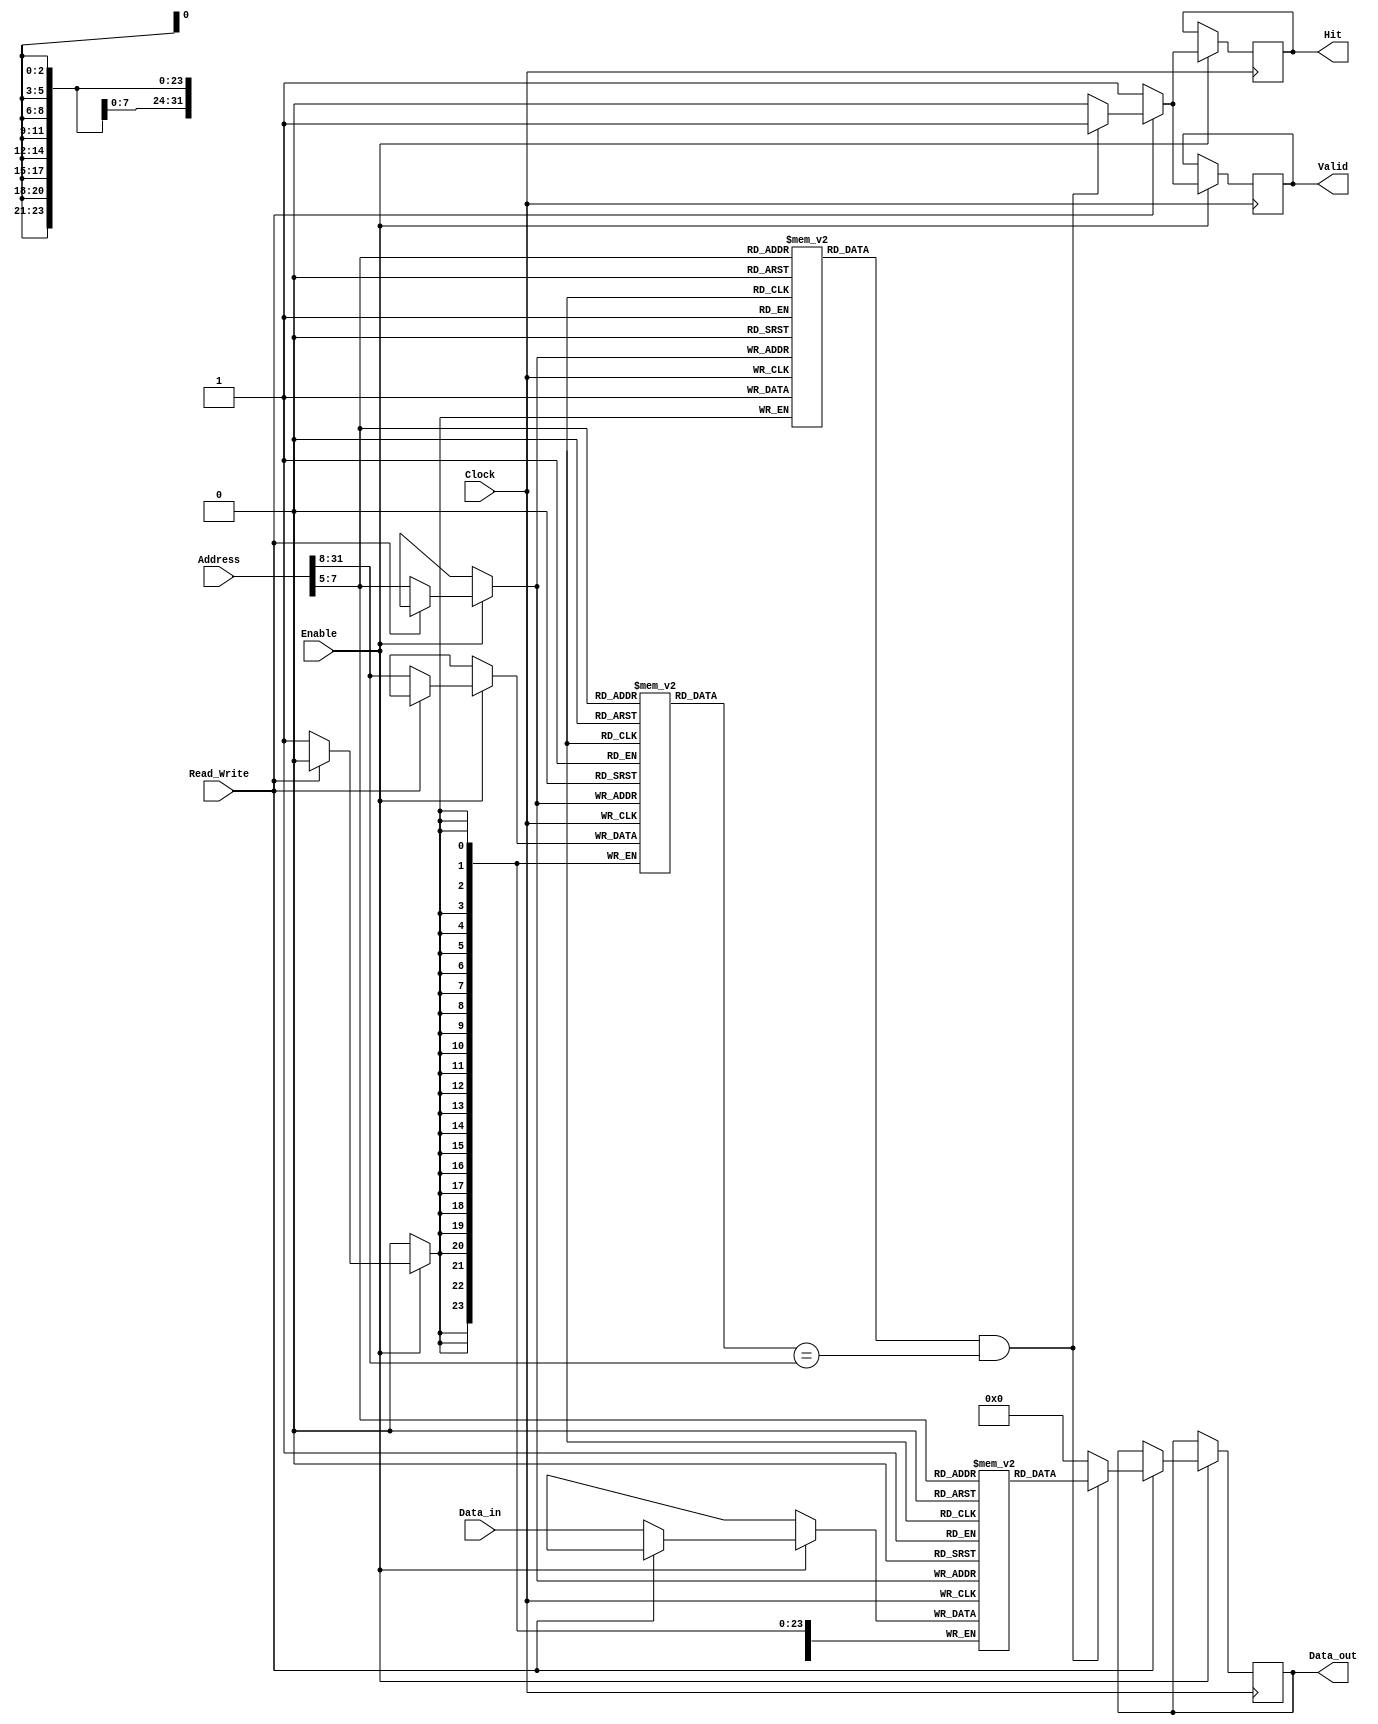
module DirectMappedCache #(
    parameter ADDR_WIDTH = 32,       // Address width
    parameter DATA_WIDTH = 32,       // Data width
    parameter CACHE_SIZE = 256,      // Cache size in bytes
    parameter LINE_SIZE = 32         // Cache line size in bytes
)(
    input wire [ADDR_WIDTH-1:0] Address,
    input wire [DATA_WIDTH-1:0] Data_in,
    input wire Read_Write,            // 1 for read, 0 for write
    input wire Enable,
    input wire Clock,
    output reg [DATA_WIDTH-1:0] Data_out,
    output reg Hit,
    output reg Valid
);

    // Calculate number of lines and index size
    localparam NUM_LINES = CACHE_SIZE / LINE_SIZE; // Number of cache lines
    localparam INDEX_WIDTH = $clog2(NUM_LINES);    // Number of bits for index
    localparam TAG_WIDTH = ADDR_WIDTH - INDEX_WIDTH - $clog2(LINE_SIZE); // Tag width

    // Cache line structure
    reg [DATA_WIDTH-1:0] cache_data [0:NUM_LINES-1]; // Data array
    reg [TAG_WIDTH-1:0] cache_tag [0:NUM_LINES-1];   // Tag array
    reg cache_valid [0:NUM_LINES-1];                 // Valid bits

    // Index and tag extraction
    wire [INDEX_WIDTH-1:0] index = Address[INDEX_WIDTH+$clog2(LINE_SIZE)-1:$clog2(LINE_SIZE)];
    wire [TAG_WIDTH-1:0] tag = Address[ADDR_WIDTH-1:INDEX_WIDTH+$clog2(LINE_SIZE)];

    always @(posedge Clock) begin
        if (Enable) begin
            if (Read_Write) begin // Read operation
                // Check for hit
                if (cache_valid[index] && (cache_tag[index] == tag)) begin
                    Hit <= 1;
                    Valid <= 1;
                    Data_out <= cache_data[index]; // Cache hit
                end else begin
                    Hit <= 0;
                    Valid <= 0;
                    // Cache miss logic (fetch from memory would go here)
                    // For simulation, we can set Data_out to a default value
                    Data_out <= 32'b0; // Placeholder for fetched data
                end
            end else begin // Write operation
                // Write data to cache
                cache_data[index] <= Data_in;
                cache_tag[index] <= tag;
                cache_valid[index] <= 1; // Set valid bit
                Hit <= 1; // Assume write is always a hit
                Valid <= 1;
            end
        end
    end

    // Initialization
    integer i;
    initial begin
        for (i = 0; i < NUM_LINES; i = i + 1) begin
            cache_valid[i] = 0; // Initialize valid bits to 0
        end
    end

endmodule